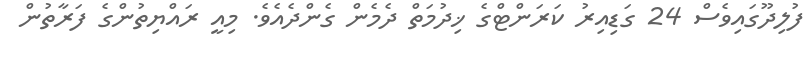
ފުލިދޫގައިވެސް 24 ގަޑިއިރު ކަރަންޓްގެ ޚިދުމަތް ދެމެން ގެންދެއެވެ. މިއީ ރައްޔިތުންގެ ފަރާތުން